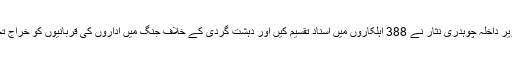
تقریب میں وزیر داخلہ چوہدری نثار نے 388 اہلکاروں میں اسناد تقسیم کیں اور دہشت گردی کے خلاف جنگ میں اداروں کی قربانیوں کو خراج تحسین پیش کیا۔